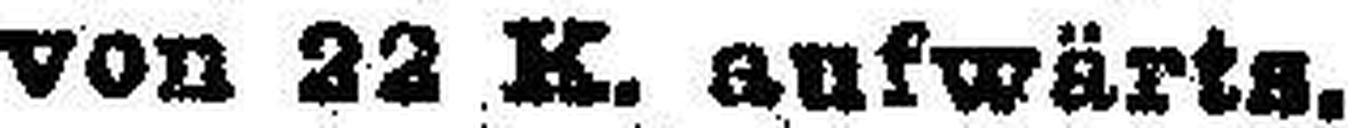
von 22 K. aufwärts.